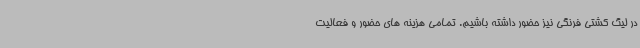
در لیگ کشتی فرنگی نیز حضور داشته باشیم. تمامی هزینه های حضور و فعالیت